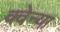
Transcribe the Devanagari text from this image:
क्वेन्या